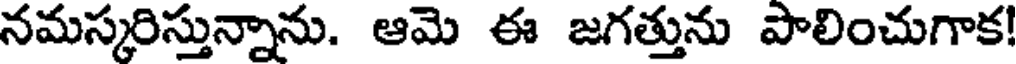
నమస్కరిస్తున్నాను. ఆమె ఈ జగత్తును పాలించుగాక!